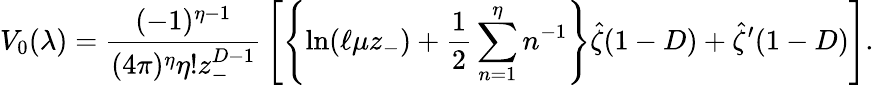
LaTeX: V_{0}(\lambda)={\frac{(-1)^{\eta-1}}{(4\pi)^{\eta}\eta!z_{-}^{D-1}}}\left[\left\{ \ln(\ell\mu z_{-})+{\frac{1}{2}}\sum_{n=1}^{\eta}n^{-1}\right\} \hat{\zeta}(1-D)+\hat{\zeta}^{\prime}(1-D)\right].